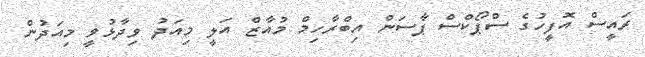
ރައީސް އޮފީހުގެ ސްޕޯކްސް ޕާސަން އިބްރާހިމް މުއާޒް އަލީ މިއަދު ވިދާޅުވީ މިއަދުން